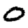
Digit: 0